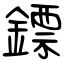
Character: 鏢